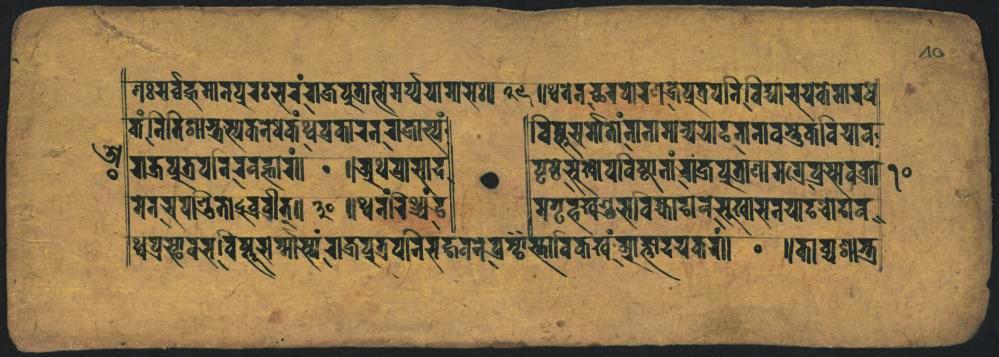
𑐣𑐿𑑅𑐳𑐬𑑂𑐰𑑂𑐰𑐎𑐴𑑂𑐩𑐵𑐣𑐥𑐬𑑅𑐨𑐬𑑄𑐐𑐎𑑂𑐬𑐥𑐸𑐟𑑂𑐬𑐵𑐟𑑂𑐳𑐩𑐬𑑂𑐫𑐵𑐬𑐵𑐳~𑑌𑐠𑐾𑐰𑐾𑐣𑐔𑑂𑐕𑐬𑐰𑑀𑐬𑐞𑐖𑑂𑐬𑐥𑐸𑐟𑑂𑐬𑐥𑐣𑐶𑐰𑐶𑐡𑑂𑐫𑐵𑐔𑐫𑐎𑐾𑐩𑐵𑐬𑐲 𑐎𑑄𑐣𑐶𑐟𑐶𑐱𑐵𑑂𑐬𑐳𑑂𑐫𑐎𑐣𑐾𑐢𑐎𑑄𑐠𑑂𑐰𑐥𑑂𑐬𑐎𑐵𑐬𑐣𑐬𑐵𑐖𑐵𑐳𑑂𑐫𑑄 𑐬𑐵𑐖𑐥𑐸𑐟𑑂𑐬𑐥𑐵𑐬𑐬𑐧𑐟𑑂𑐨𑐵𑐐𑑄𑑌 𑐩𑐾𑐣𑐳𑐥𑐵𑐬𑑂𑐜𑐸𑐟𑐵𑐧𑑂𑐬𑐧𑑂𑐬𑐷𑐟𑑂𑑌 𑐠𑐥𑑂𑐬𑐳𑑂𑐘𑐵𑐳𑐰𑐶𑐲𑑂𑐸𑐳𑐩𑑂𑐩𑐵𑐳𑑂𑐫𑑄𑐬𑐵𑐖𑐾𑐥𑐸𑐟𑑂𑐬𑐥𑐵𑑄𑐣𑐶𑐳𑐴𑐣𑐾𑐣𑑄𑐥𑑂𑐬𑐲𑑂𑐵𑑄𑐳𑑂𑐳𑐵𑐰𑐶𑐎𑐏𑑄𑐁𑐵𑐟𑑂𑐟𑐵𑐫𑐫𑐎𑐩𑑄𑑌